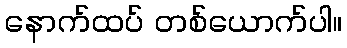
နောက်ထပ် တစ်ယောက်ပါ။